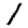
Digit: 1